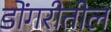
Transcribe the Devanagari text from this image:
डोंगरीतील